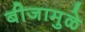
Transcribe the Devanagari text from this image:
बीजामुळे